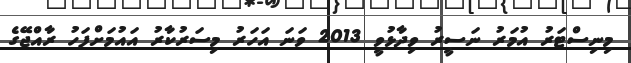
މިނިސްޓަރު އުމަރު ނަސީރު ވިދާޅުވީ 2013 ވަނަ އަހަރު މިސަރުކާރު އައުމަށްފަހު ރާއްޖޭގެ